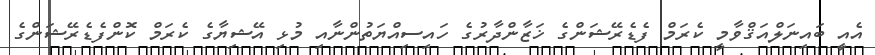
އެއީ ބައިނަލްއަޤްވާމީ ކެރަމް ފެޑެރޭޝަންގެ ޚަޒާންދާރުގެ ހައިސިއްޔަތުންނާއި މުޅި އޭޝިޔާގެ ކެރަމް ކޮންފެޑެރޭޝަންގެ